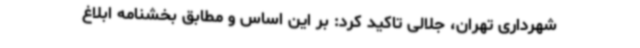
شهرداری تهران، جلالی تاکید کرد: بر این اساس و مطابق بخشنامه ابلاغ